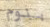
بنوم